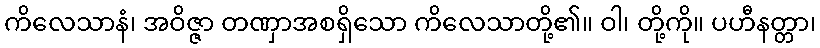
ကိလေသာနံ၊ အဝိဇ္ဇာ တဏှာအစရှိသော ကိလေသာတို့၏။ ဝါ၊ တို့ကို။ ပဟီနတ္တာ၊